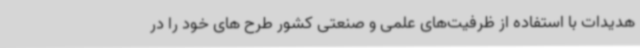
هدیدات با استفاده از ظرفیت‌های علمی و صنعتی کشور طرح های خود را در